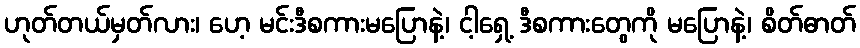
ဟုတ်တယ်မှတ်လား၊ ဟေ့ မင်းဒီစကားမပြောနဲ့၊ ငါ့ရှေ့ ဒီစကားတွေကို မပြောနဲ့၊ စိတ်ဓာတ်